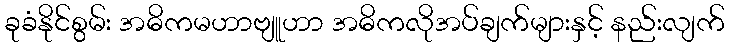
ခုခံနိုင်စွမ်း အဓိကမဟာဗျူဟာ အဓိကလိုအပ်ချက်များနှင့် နည်းလျက်